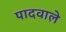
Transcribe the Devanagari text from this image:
पादवाले